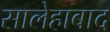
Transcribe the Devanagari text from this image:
सालेहाबाद